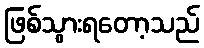
ဖြစ်သွားရတော့သည်